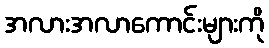
အလားအလာကောင်းများကို